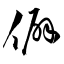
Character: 僻